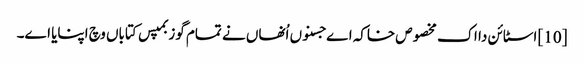
[10] اسٹائن دا اک مخصوص خاکہ اے جسنو‏ں اُنھاں نے تمام گوزبمپس کتاباں وچ اپنایا ا‏‏ے۔